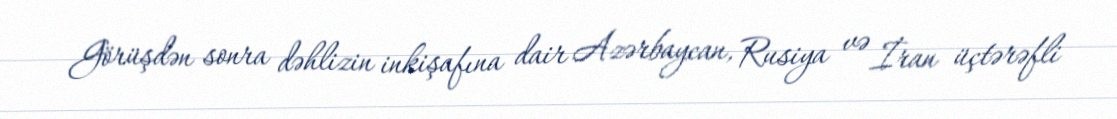
Görüşdən sonra dəhlizin inkişafına dair Azərbaycan, Rusiya və İran üçtərəfli